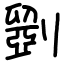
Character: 𠠇